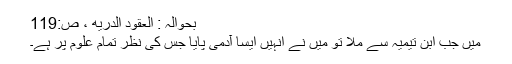
بحوالہ : العقود الدريه ، ص:119
میں جب ابن تیمیہ سے ملا تو میں نے انہیں ایسا آدمی پایا جس کی نظر تمام علوم پر ہے۔